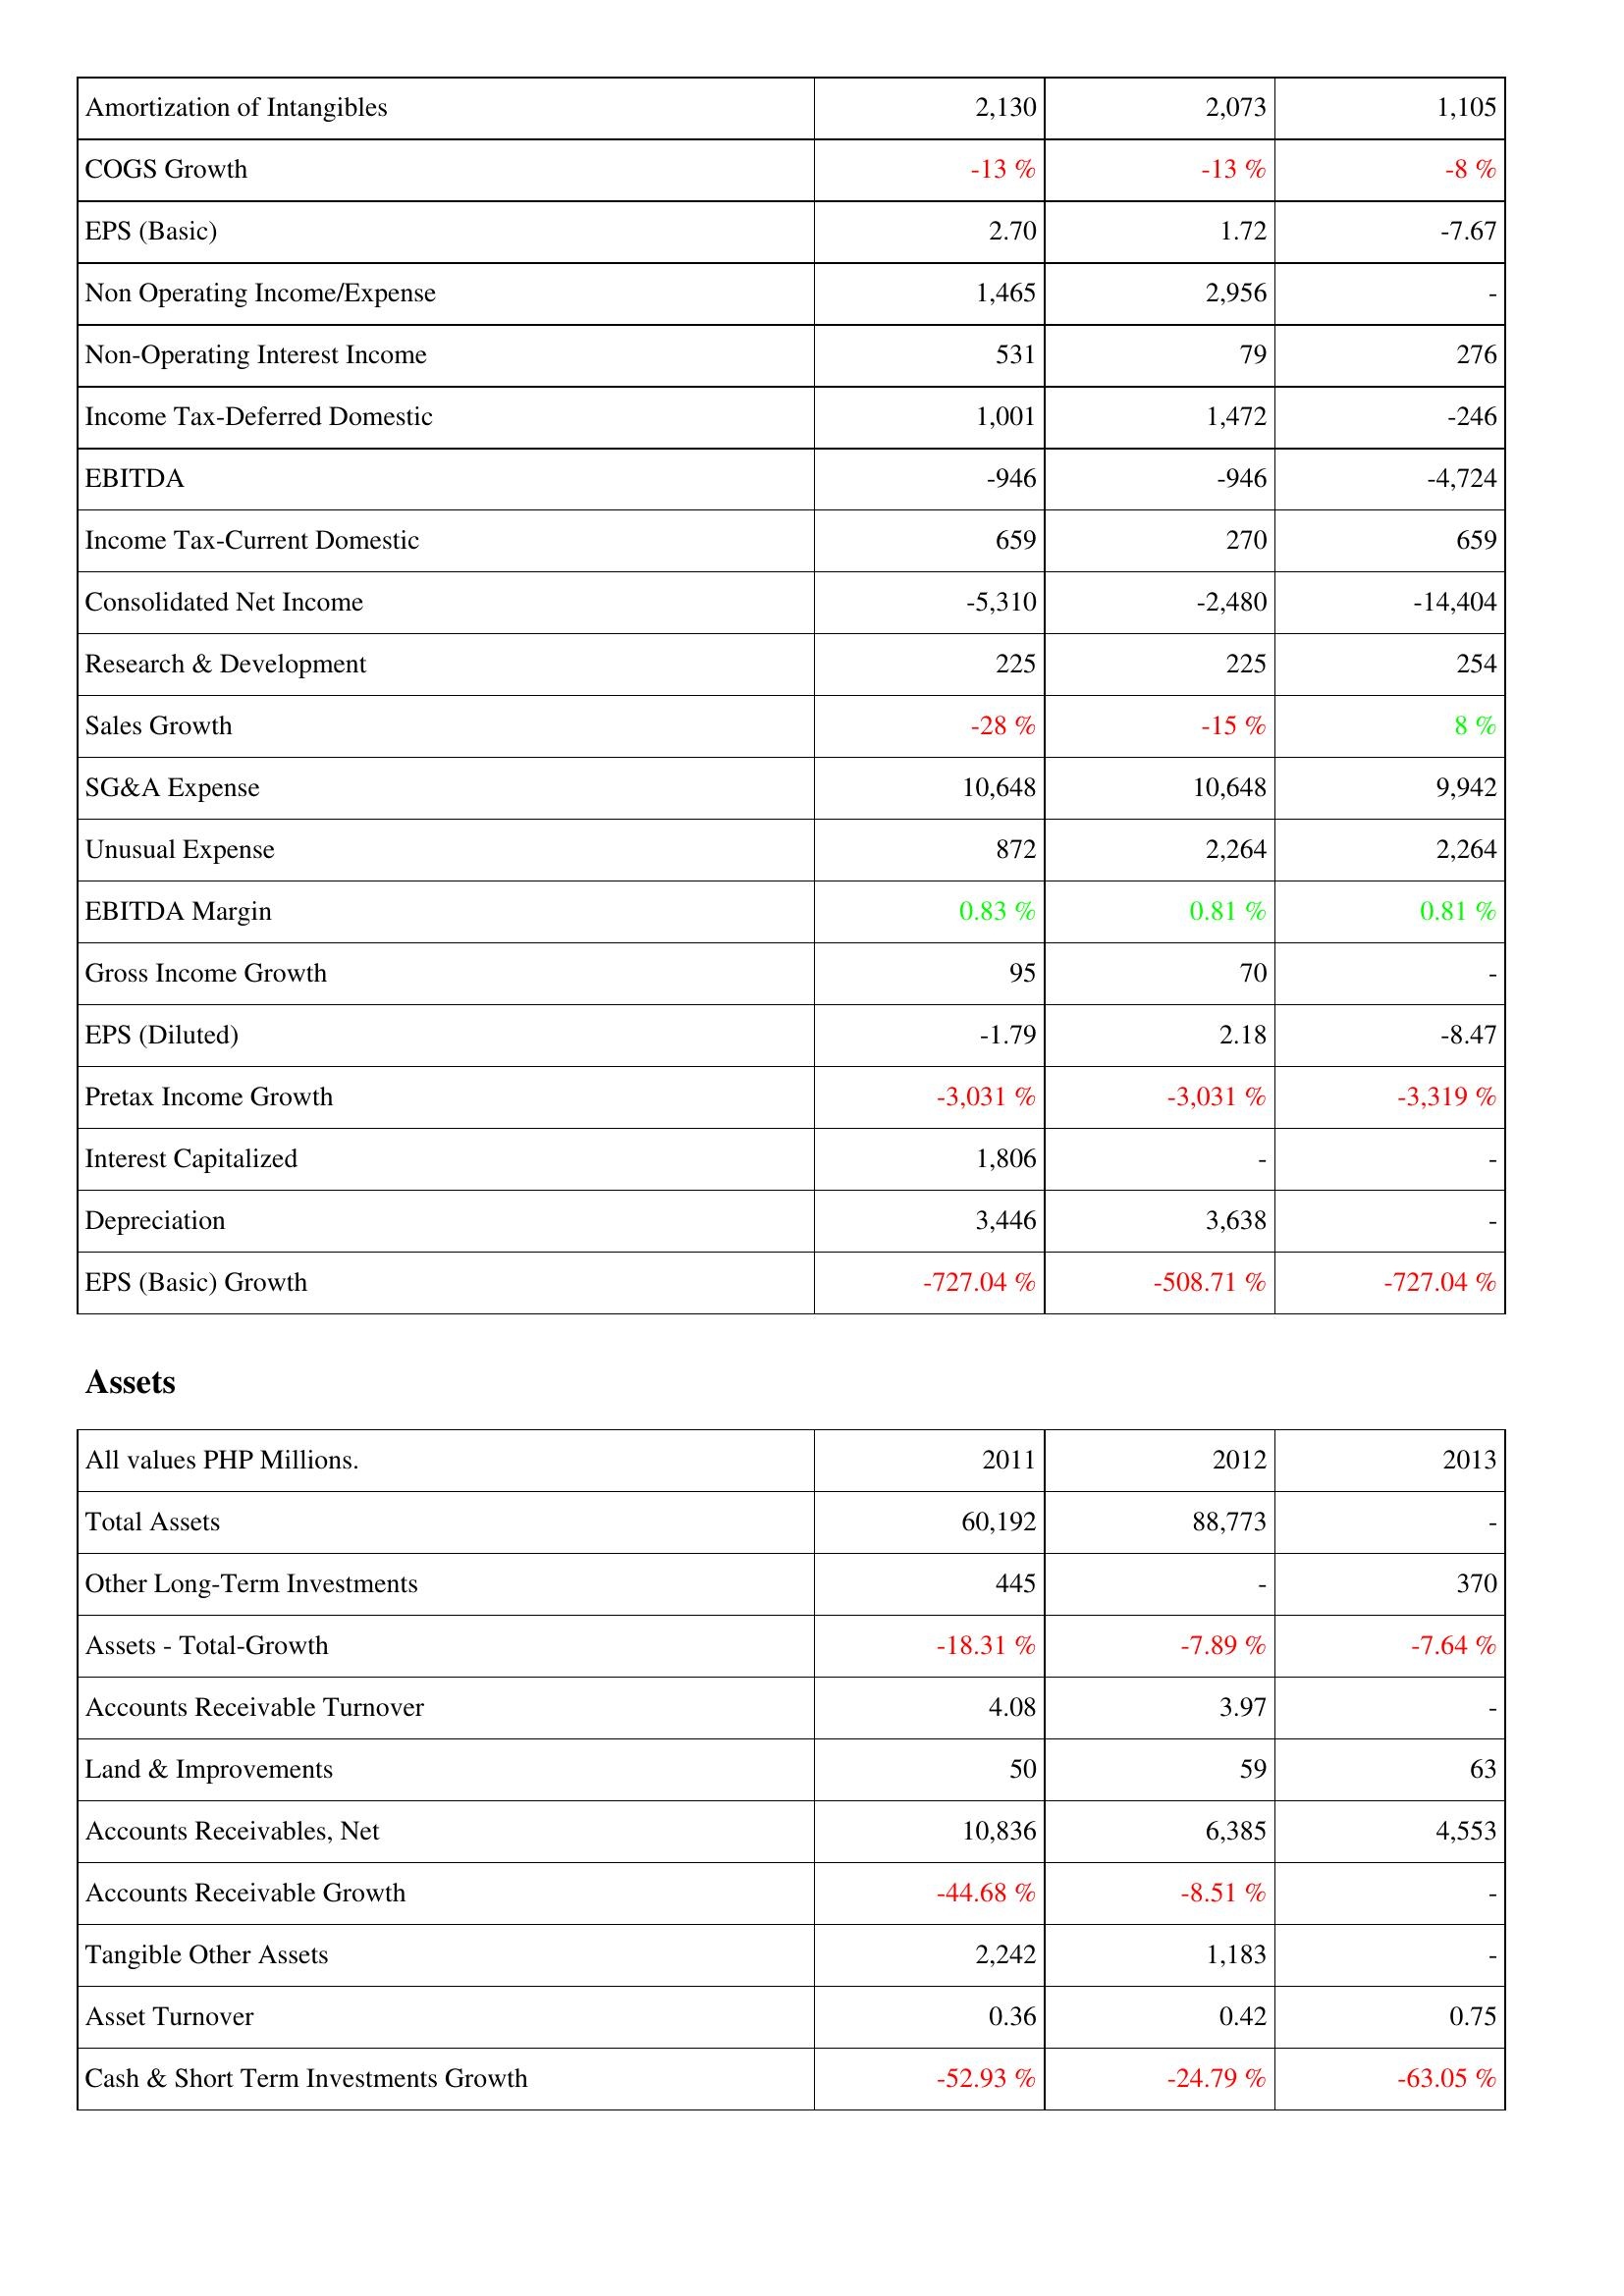
2011: Income Statement: Amortization of Intangibles: 2,130
COGS Growth: -13 %
EPS (Basic): 2.70
Non Operating Income/Expense: 1,465
Non-Operating Interest Income: 531
Income Tax-Deferred Domestic: 1,001
EBITDA: -946
Income Tax-Current Domestic: 659
Consolidated Net Income: -5,310
Research & Development: 225
Sales Growth: -28 %
SG&A Expense: 10,648
Unusual Expense: 872
EBITDA Margin: 0.83 %
Gross Income Growth: 95
EPS (Diluted): -1.79
Pretax Income Growth: -3,031 %
Interest Capitalized: 1,806
Depreciation: 3,446
EPS (Basic) Growth: -727.04 %
Assets: Total Assets: 60,192
Other Long-Term Investments: 445
Assets - Total-Growth: -18.31 %
Accounts Receivable Turnover: 4.08
Land & Improvements: 50
Accounts Receivables, Net: 10,836
Accounts Receivable Growth: -44.68 %
Tangible Other Assets: 2,242
Asset Turnover: 0.36
Cash & Short Term Investments Growth: -52.93 %
2012: Income Statement: Amortization of Intangibles: 2,073
COGS Growth: -13 %
EPS (Basic): 1.72
Non Operating Income/Expense: 2,956
Non-Operating Interest Income: 79
Income Tax-Deferred Domestic: 1,472
EBITDA: -946
Income Tax-Current Domestic: 270
Consolidated Net Income: -2,480
Research & Development: 225
Sales Growth: -15 %
SG&A Expense: 10,648
Unusual Expense: 2,264
EBITDA Margin: 0.81 %
Gross Income Growth: 70
EPS (Diluted): 2.18
Pretax Income Growth: -3,031 %
Interest Capitalized: -
Depreciation: 3,638
EPS (Basic) Growth: -508.71 %
Assets: Total Assets: 88,773
Other Long-Term Investments: -
Assets - Total-Growth: -7.89 %
Accounts Receivable Turnover: 3.97
Land & Improvements: 59
Accounts Receivables, Net: 6,385
Accounts Receivable Growth: -8.51 %
Tangible Other Assets: 1,183
Asset Turnover: 0.42
Cash & Short Term Investments Growth: -24.79 %
2013: Income Statement: Amortization of Intangibles: 1,105
COGS Growth: -8 %
EPS (Basic): -7.67
Non Operating Income/Expense: -
Non-Operating Interest Income: 276
Income Tax-Deferred Domestic: -246
EBITDA: -4,724
Income Tax-Current Domestic: 659
Consolidated Net Income: -14,404
Research & Development: 254
Sales Growth: 8 %
SG&A Expense: 9,942
Unusual Expense: 2,264
EBITDA Margin: 0.81 %
Gross Income Growth: -
EPS (Diluted): -8.47
Pretax Income Growth: -3,319 %
Interest Capitalized: -
Depreciation: -
EPS (Basic) Growth: -727.04 %
Assets: Total Assets: -
Other Long-Term Investments: 370
Assets - Total-Growth: -7.64 %
Accounts Receivable Turnover: -
Land & Improvements: 63
Accounts Receivables, Net: 4,553
Accounts Receivable Growth: -
Tangible Other Assets: -
Asset Turnover: 0.75
Cash & Short Term Investments Growth: -63.05 %